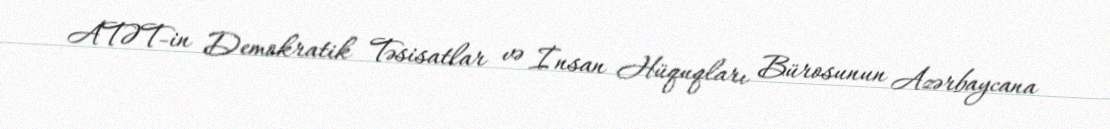
ATƏT-in Demokratik Təsisatlar və İnsan Hüquqları Bürosunun Azərbaycana